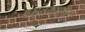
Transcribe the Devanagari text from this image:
वंसतकालीन